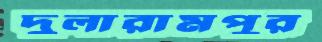
দুলারামপুর